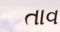
તાવ